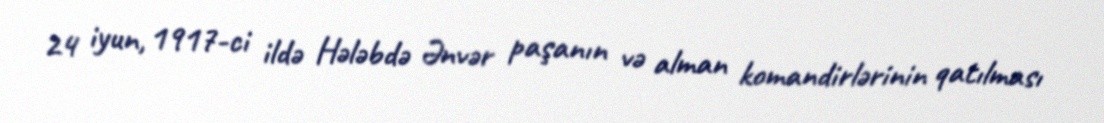
24 iyun, 1917-ci ildə Hələbdə Ənvər paşanın və alman komandirlərinin qatılması